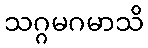
သဂ္ဂမဂမာသိ